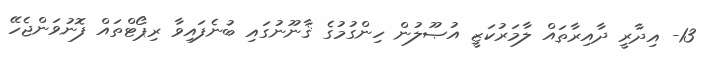
13- އިދާރީ ދާއިރާތައް ލާމަރުކަޒީ އުޞޫލުން ހިންގުމުގެ ޤާނޫނުގައި ބުނެފައިވާ ރިޕޯޓްތައް ފޮނުވަންޖެހޭ